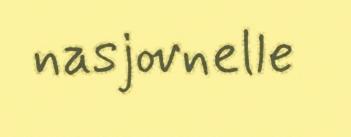
nasjovnelle